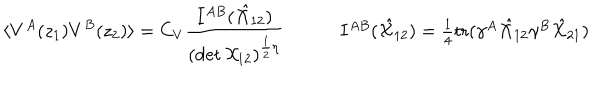
LaTeX: \begin{array} { c c } { { \displaystyle { \langle V ^ { A } ( z _ { 1 } ) V ^ { B } ( z _ { 2 } ) \rangle = C _ { V } \frac { I ^ { A B } ( \hat { { \cal X } } _ { 1 2 } ) } { ( \det { \cal X } _ { 1 2 } ) ^ { \frac { 1 } { 2 } \eta } } } ~ } } & { { ~ I ^ { A B } ( \hat { { \cal X } } _ { 1 2 } ) = \textstyle { \frac { 1 } { 4 } } \mathrm { t r } ( \gamma ^ { A } \hat { { \cal X } } _ { 1 2 } \gamma ^ { B } \hat { { \cal X } } _ { 2 1 } ) } } \\ \end{array}